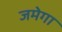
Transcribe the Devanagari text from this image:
जमेगा